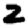
Digit: 2